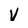
Character: V